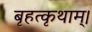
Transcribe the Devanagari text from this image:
बृहत्कृथाम्।